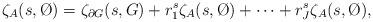
LaTeX: \begin{align*}\zeta_A(s,\O)=\zeta_{\partial G}(s,G)+r_1^s\zeta_{A}(s,\O)+\cdots+r_J^s\zeta_{A}(s,\O),\end{align*}